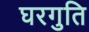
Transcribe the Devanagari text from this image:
घरगुति